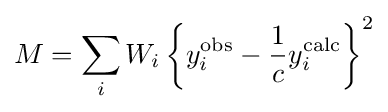
M=\sum _{i}W_{i}\left\{y_{i}^{\text{obs}}-{\frac {1}{c}}y_{i}^{\text{calc}}\right\}^{2}